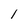
Character: 1